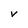
Character: v